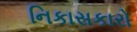
નિકાસકારો